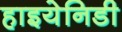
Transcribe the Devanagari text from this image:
हाइयेनिडी